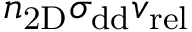
n _ { \mathrm { { 2 D } } } \sigma _ { \mathrm { { d d } } } v _ { \mathrm { { r e l } } }